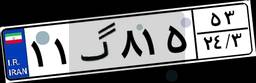
۵۳گ۷۱۱۹۶